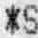
*S